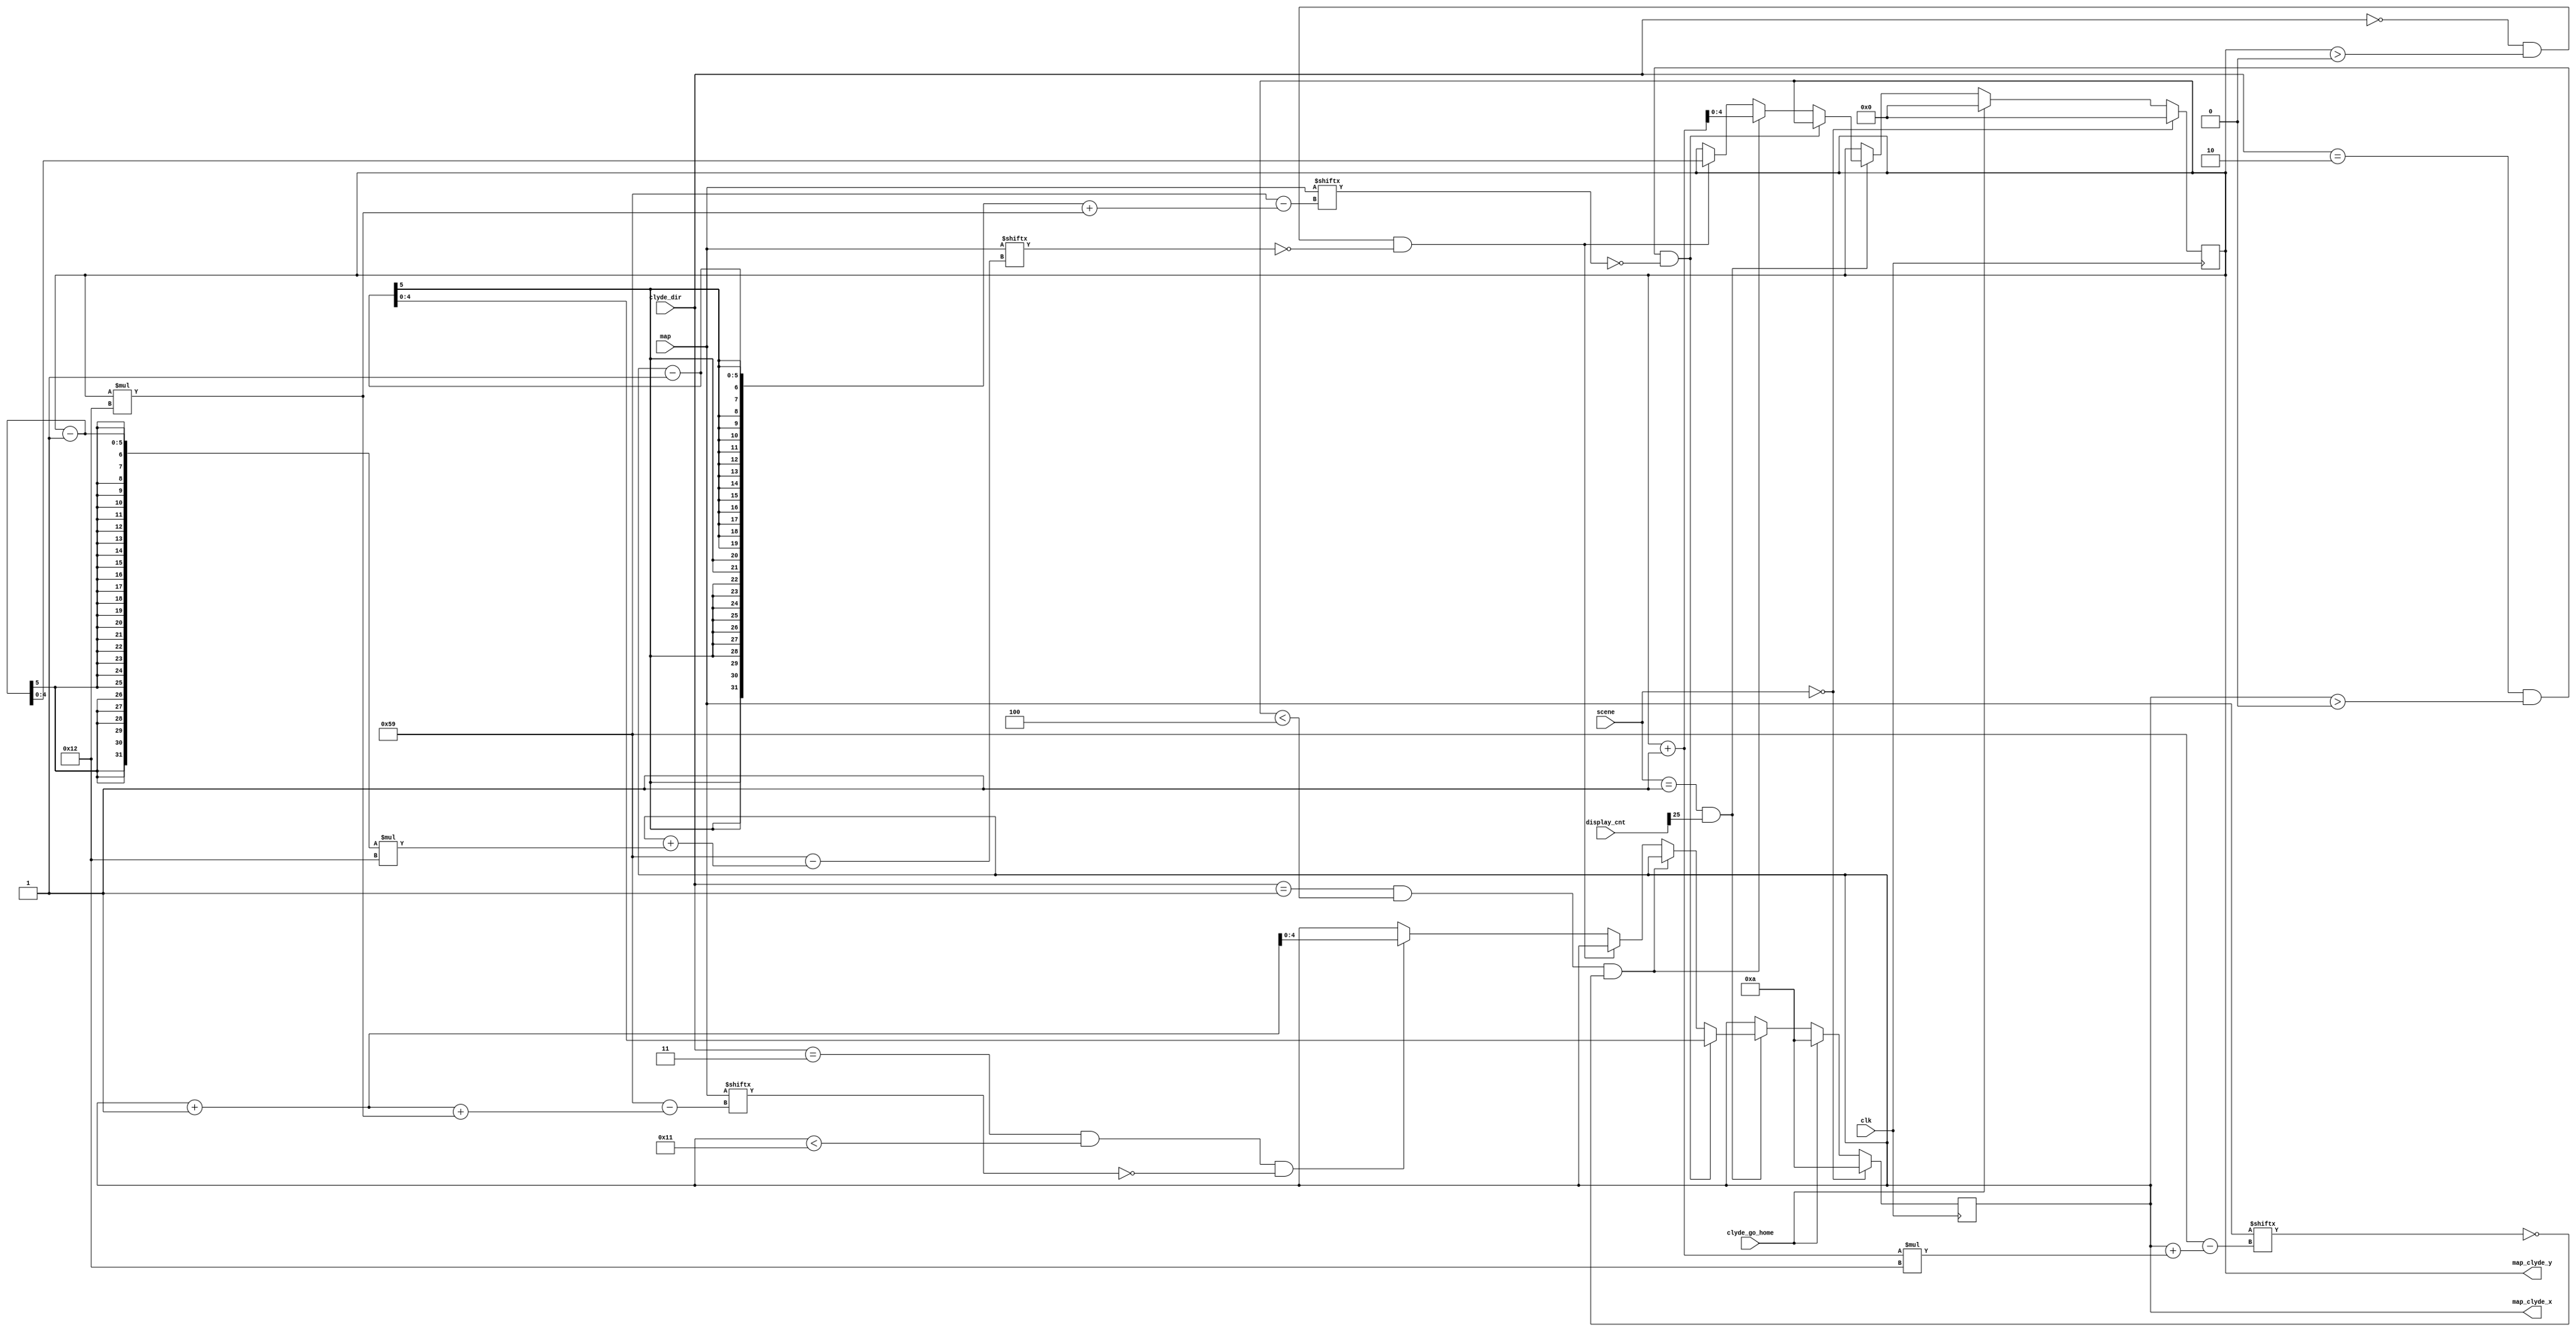
`timescale 1ns / 1ps
/////////////////////////////////////////////////////////////////
// Module Name: clyde_move
/////////////////////////////////////////////////////////////////

module clyde_move(
    input clk,
    input [1:0] scene,
    input [26:0] display_cnt,
    input [0:89] map,
    input [1:0] clyde_dir,
    input clyde_go_home,
    output reg [4:0] map_clyde_x,
    output reg [4:0] map_clyde_y
    );
    
    parameter up = 2'b00;
    parameter down = 2'b01;
    parameter left = 2'b10;
    parameter right = 2'b11;
    
    parameter start_scene = 2'b00;
    parameter play_scene = 2'b01;
    parameter win_scene = 2'b10;
    parameter lose_scene = 2'b11;
    
    // by the given direction, clyde's position can be changed if the position where clyde wants to go is legal
    // (not a wall and also not exceeding the boundaries)
    always@(posedge clk) begin
        if(scene == start_scene) begin
            map_clyde_x <= 10;
            map_clyde_y <= 0;
        end
        else if(clyde_go_home) begin
            map_clyde_x <= 10;
            map_clyde_y <= 0;
        end
        else if(scene == play_scene && display_cnt[25]) begin
            if(clyde_dir == left && map_clyde_x > 5'd0 && ~map[map_clyde_x - 1 + map_clyde_y * 18]) begin
                map_clyde_x <= map_clyde_x - 1;
                map_clyde_y <= map_clyde_y;
            end
            else if(clyde_dir == down && map_clyde_y < 5'd4 && ~map[map_clyde_x + (map_clyde_y + 1) * 18]) begin
                map_clyde_x <= map_clyde_x;
                map_clyde_y <= map_clyde_y + 1;
            end
            else if(clyde_dir == up && map_clyde_y > 5'd0 && ~map[map_clyde_x + (map_clyde_y - 1) * 18]) begin
                map_clyde_x <= map_clyde_x;
                map_clyde_y <= map_clyde_y - 1;
            end
            else if(clyde_dir == right && map_clyde_x < 5'd17 && ~map[map_clyde_x + 1 + map_clyde_y * 18]) begin
                map_clyde_x <= map_clyde_x + 1;
                map_clyde_y <= map_clyde_y;
            end
            else begin
                map_clyde_x <= map_clyde_x;
                map_clyde_y <= map_clyde_y;
            end
        end
        else begin
            map_clyde_x <= map_clyde_x;
            map_clyde_y <= map_clyde_y;
        end
    end
endmodule